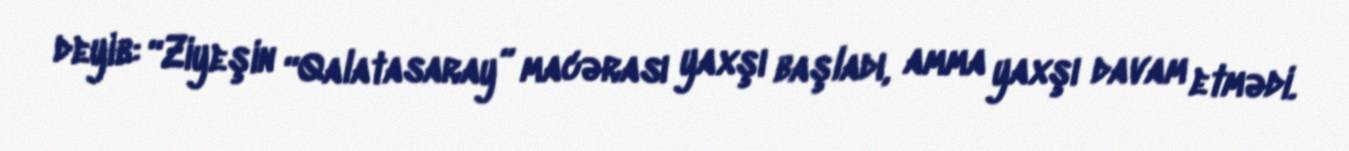
deyib: “Ziyeşin “Qalatasaray” macərası yaxşı başladı, amma yaxşı davam etmədi.